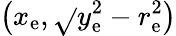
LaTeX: \left(x_{\mathrm{e}},{\sqrt{}{{y_{\mathrm{e}}^{2}-r_{\mathrm{e}}^{2}}}}\right)